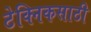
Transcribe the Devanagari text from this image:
टेक्निकसाठी